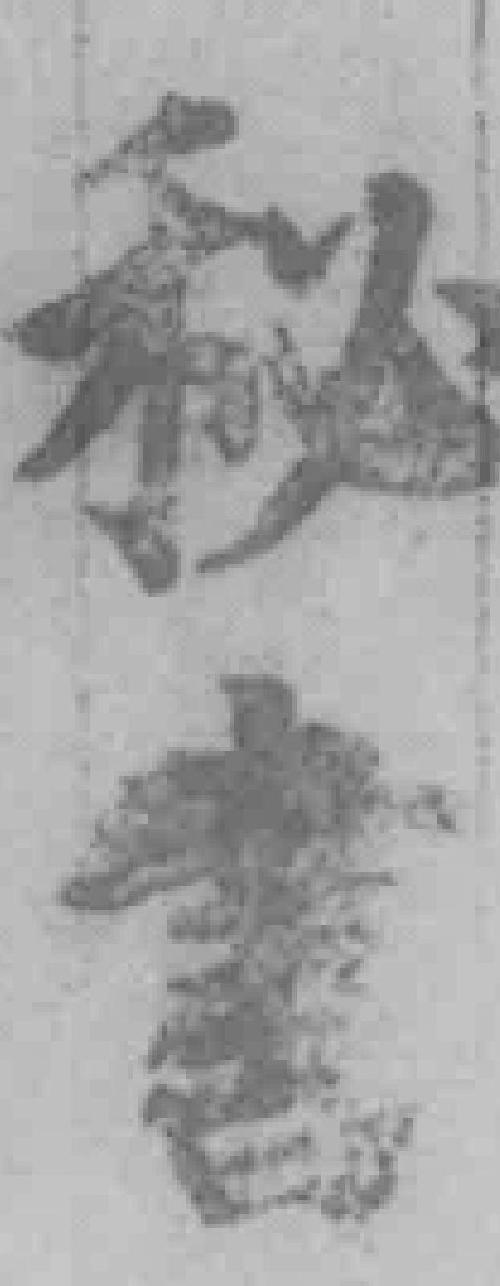
秘書